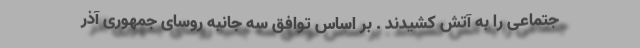
جتماعی را به آتش کشیدند . بر اساس توافق سه جانبه روسای جمهوری آذر